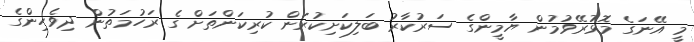
މީ އޭނަގެ މޮޅުރޭވުމުން ޔާމީންގެ ސަރުކާރު ބަލިކަށިކުރަން ކުރިކަންތަށް ގެ ރަހުމަތުން ދިވެހިންގެ